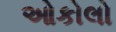
ઓકોલો